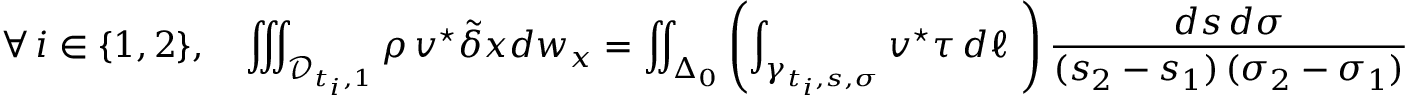
\forall \, i \in \{ 1 , 2 \} , \quad \iiint _ { { \mathcal D } _ { t _ { i } , 1 } } \rho \, \boldsymbol { v } ^ { \star } \tilde { \delta } \boldsymbol { x } d w _ { \boldsymbol x } = \iint _ { \Delta _ { 0 } } \left( \int _ { \gamma _ { t _ { i } , { s } , { \sigma } } } \boldsymbol { v } ^ { \star } \boldsymbol { \tau } \, d \ell \ \right) \frac { d s \, d \sigma } { ( s _ { 2 } - s _ { 1 } ) \, ( \sigma _ { 2 } - \sigma _ { 1 } ) }